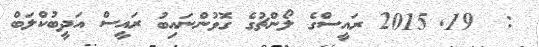
:  19